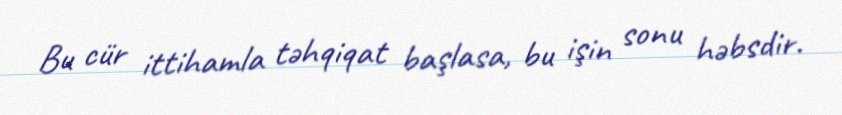
Bu cür ittihamla təhqiqat başlasa, bu işin sonu həbsdir.